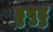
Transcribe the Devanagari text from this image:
हुबुहु